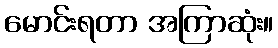
မောင်းရတာ အကြာဆုံး။